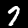
Digit: 7